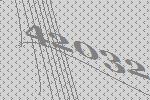
42032